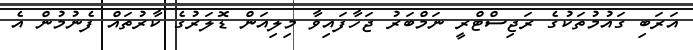
އަރަބި ގައުމުތަކުގެ ރަޖިސްޓްރީ ނަމްބަރު ޖަހާފައިވާ މިލިއަން ޑޮލަރުގެ ކާރުތައް ފެނުމުން އެ